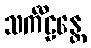
သင်္ကီဠန္တေ